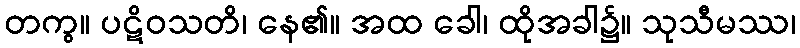
တကွ။ ပဋိဝသတိ၊ နေ၏။ အထ ခေါ၊ ထိုအခါ၌။ သုသီမဿ၊